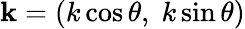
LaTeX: \textbf{k}=(k\cos\theta,\; k\sin\theta)